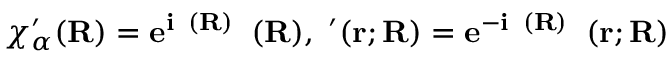
{ \chi _ { \alpha } ^ { \prime } } ( \bf R ) = e ^ { i \theta _ { \alpha } ( \bf R ) } { \chi _ { \alpha } ( \bf R ) } , { \phi _ { \alpha } ^ { \prime } } ( \bf r ; \bf R ) = e ^ { - i \theta _ { \alpha } ( \bf R ) } { \phi _ { \alpha } } ( \bf r ; \bf R )